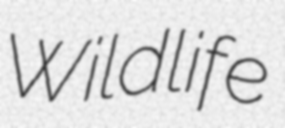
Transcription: Wildlife